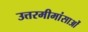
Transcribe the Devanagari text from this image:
उत्तरमीमांसाओं